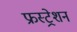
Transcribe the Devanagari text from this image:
फ्रस्ट्रेशन